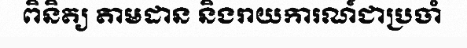
ពិនិត្យ តាមដាន និងរាយការណ៍ជាប្រចាំ